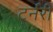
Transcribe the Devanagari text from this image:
टर्नरी